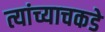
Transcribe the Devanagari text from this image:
त्यांच्याचकडे